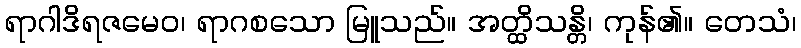
ရာဂါဒိရဇမေဝ၊ ရာဂစသော မြူသည်။ အတ္ထိသန္တိ၊ ကုန်၏။ တေသံ၊